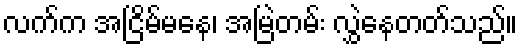
လက်က အငြိမ်မနေ၊ အမြဲတမ်း လွှဲနေတတ်သည်။